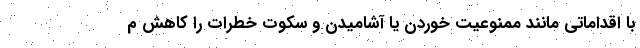
با اقداماتی مانند ممنوعیت خوردن یا آشامیدن و سکوت خطرات را کاهش م